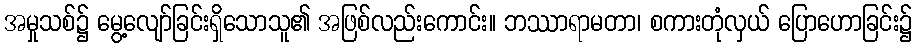
အမှုသစ်၌ မွေ့လျော်ခြင်းရှိသောသူ၏ အဖြစ်လည်းကောင်း။ ဘဿာရာမတာ၊ စကားတုံလှယ် ပြောဟောခြင်း၌